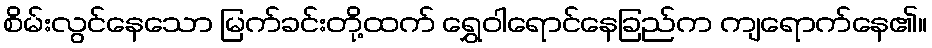
စိမ်းလွင်နေသော မြက်ခင်းတို့ထက် ရွှေဝါရောင်နေခြည်က ကျရောက်နေ၏။